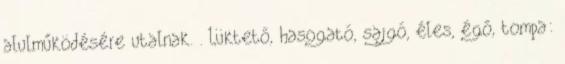
alulműködésére utalnak. . Lüktető, hasogató, sajgó, éles, égő, tompa: